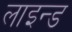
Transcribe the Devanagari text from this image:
लाइन्‍ड